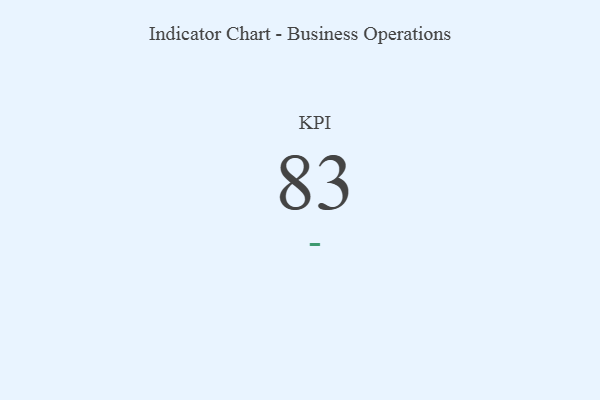
{"axis": {"x": "KPI", "y": "Value"}, "legend": [""], "data": [{"x": "KPI", "y": 83, "type": ""}]}